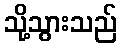
သို့သွားသည်